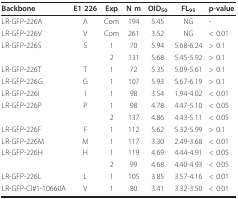
| Backbone | E1 226 | Exp | N m | OID50 | FL95 | p-value |
 | --- | --- | --- | --- | --- | --- | --- |
 | LR-GFP-226A | A | Com | 194 | 5.45 | NG | - |
 | LR-GFP-226V | V | Com | 261 | 3.52 | NG | < 0.01 |
 | LR-GFP-226S | S | 1 | 70 | 5.94 | 5.68-6.24 | > 0.1 |
 |  |  | 2 | 131 | 5.68 | 5.45-5.92 | > 0.1 |
 | LR-GFP-226T | T | 1 | 72 | 5.35 | 5.09-5.61 | > 0.1 |
 | LR-GFP-226G | G | 1 | 107 | 5.93 | 5.67-6.19 | > 0.1 |
 | LR-GFP-226I | I | 1 | 98 | 3.54 | 1.94-4.02 | < 0.01 |
 | LR-GFP-226P | P | 1 | 98 | 4.78 | 4.47-5.10 | < 0.05 |
 |  |  | 2 | 137 | 4.86 | 4.43-5.11 | < 0.05 |
 | LR-GFP-226F | F | 1 | 112 | 5.62 | 5.32-5.99 | > 0.1 |
 | LR-GFP-226M | M | 1 | 117 | 3.30 | 2.49-3.68 | < 0.01 |
 | LR-GFP-226H | H | 1 | 119 | 4.69 | 4.44-4.91 | < 0.05 |
 |  |  | 2 | 99 | 4.68 | 4.40-4.93 | < 0.05 |
 | LR-GFP-226L | L | 1 | 105 | 3.85 | 3.57-4.16 | < 0.01 |
 | LR-GFP-Cl#1-10660A | V | 1 | 80 | 3.41 | 3.32-3.50 | < 0.01 |